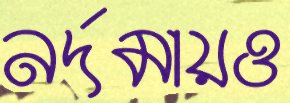
নর্দমায়ও